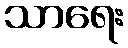
သာရေး